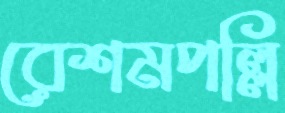
রেশমপল্লি